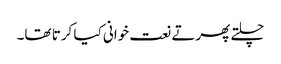
چلتے پھرتے نعت خوانی کیا کرتا تھا۔